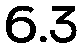
6.3